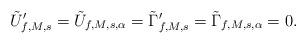
LaTeX: \begin{align*}\tilde{U}'_{f,M,s} = \tilde{U}_{f,M,s,\alpha} = \tilde{\Gamma}'_{f,M,s} = \tilde{\Gamma}_{f,M,s,\alpha} = 0.\end{align*}